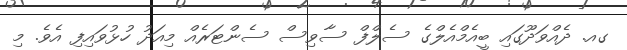
ގއ. ދެއްވަދޫގައި ބީއެމްއެލްގެ ސެލްފް ސާވިސް ސެންޓަރެއް މިއަދު ހުޅުވައިފި އެވެ. މި